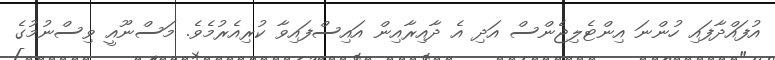
އުފައްދާފައި ހުންނަ އިންޓެލިޖެންސް އަދި އެ ދާއިރާއިން އައިސްފައިވާ ކުރިއެރުމެވެ. މަސްނޫއީ ވިސްނުމުގެ